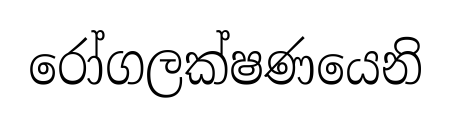
රෝගලක්ෂණයෙනි